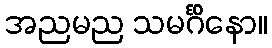
အညမည သမင်္ဂိနော။